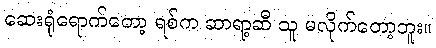
ဆေးရုံရောက်တော့ ရစ်က ဆာရာ့ဆီ သူ မလိုက်တော့ဘူး။